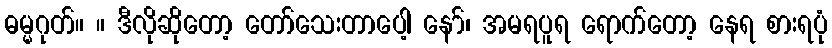
ဓမ္မဂုတ်။ ။ ဒီလိုဆိုတော့ တော်သေးတာပေါ့ နော်၊ အမရပူရ ရောက်တော့ နေရ စားရပုံ